NAE_EAOK_eestikeelsed_sunnimeetrikad, lk 319
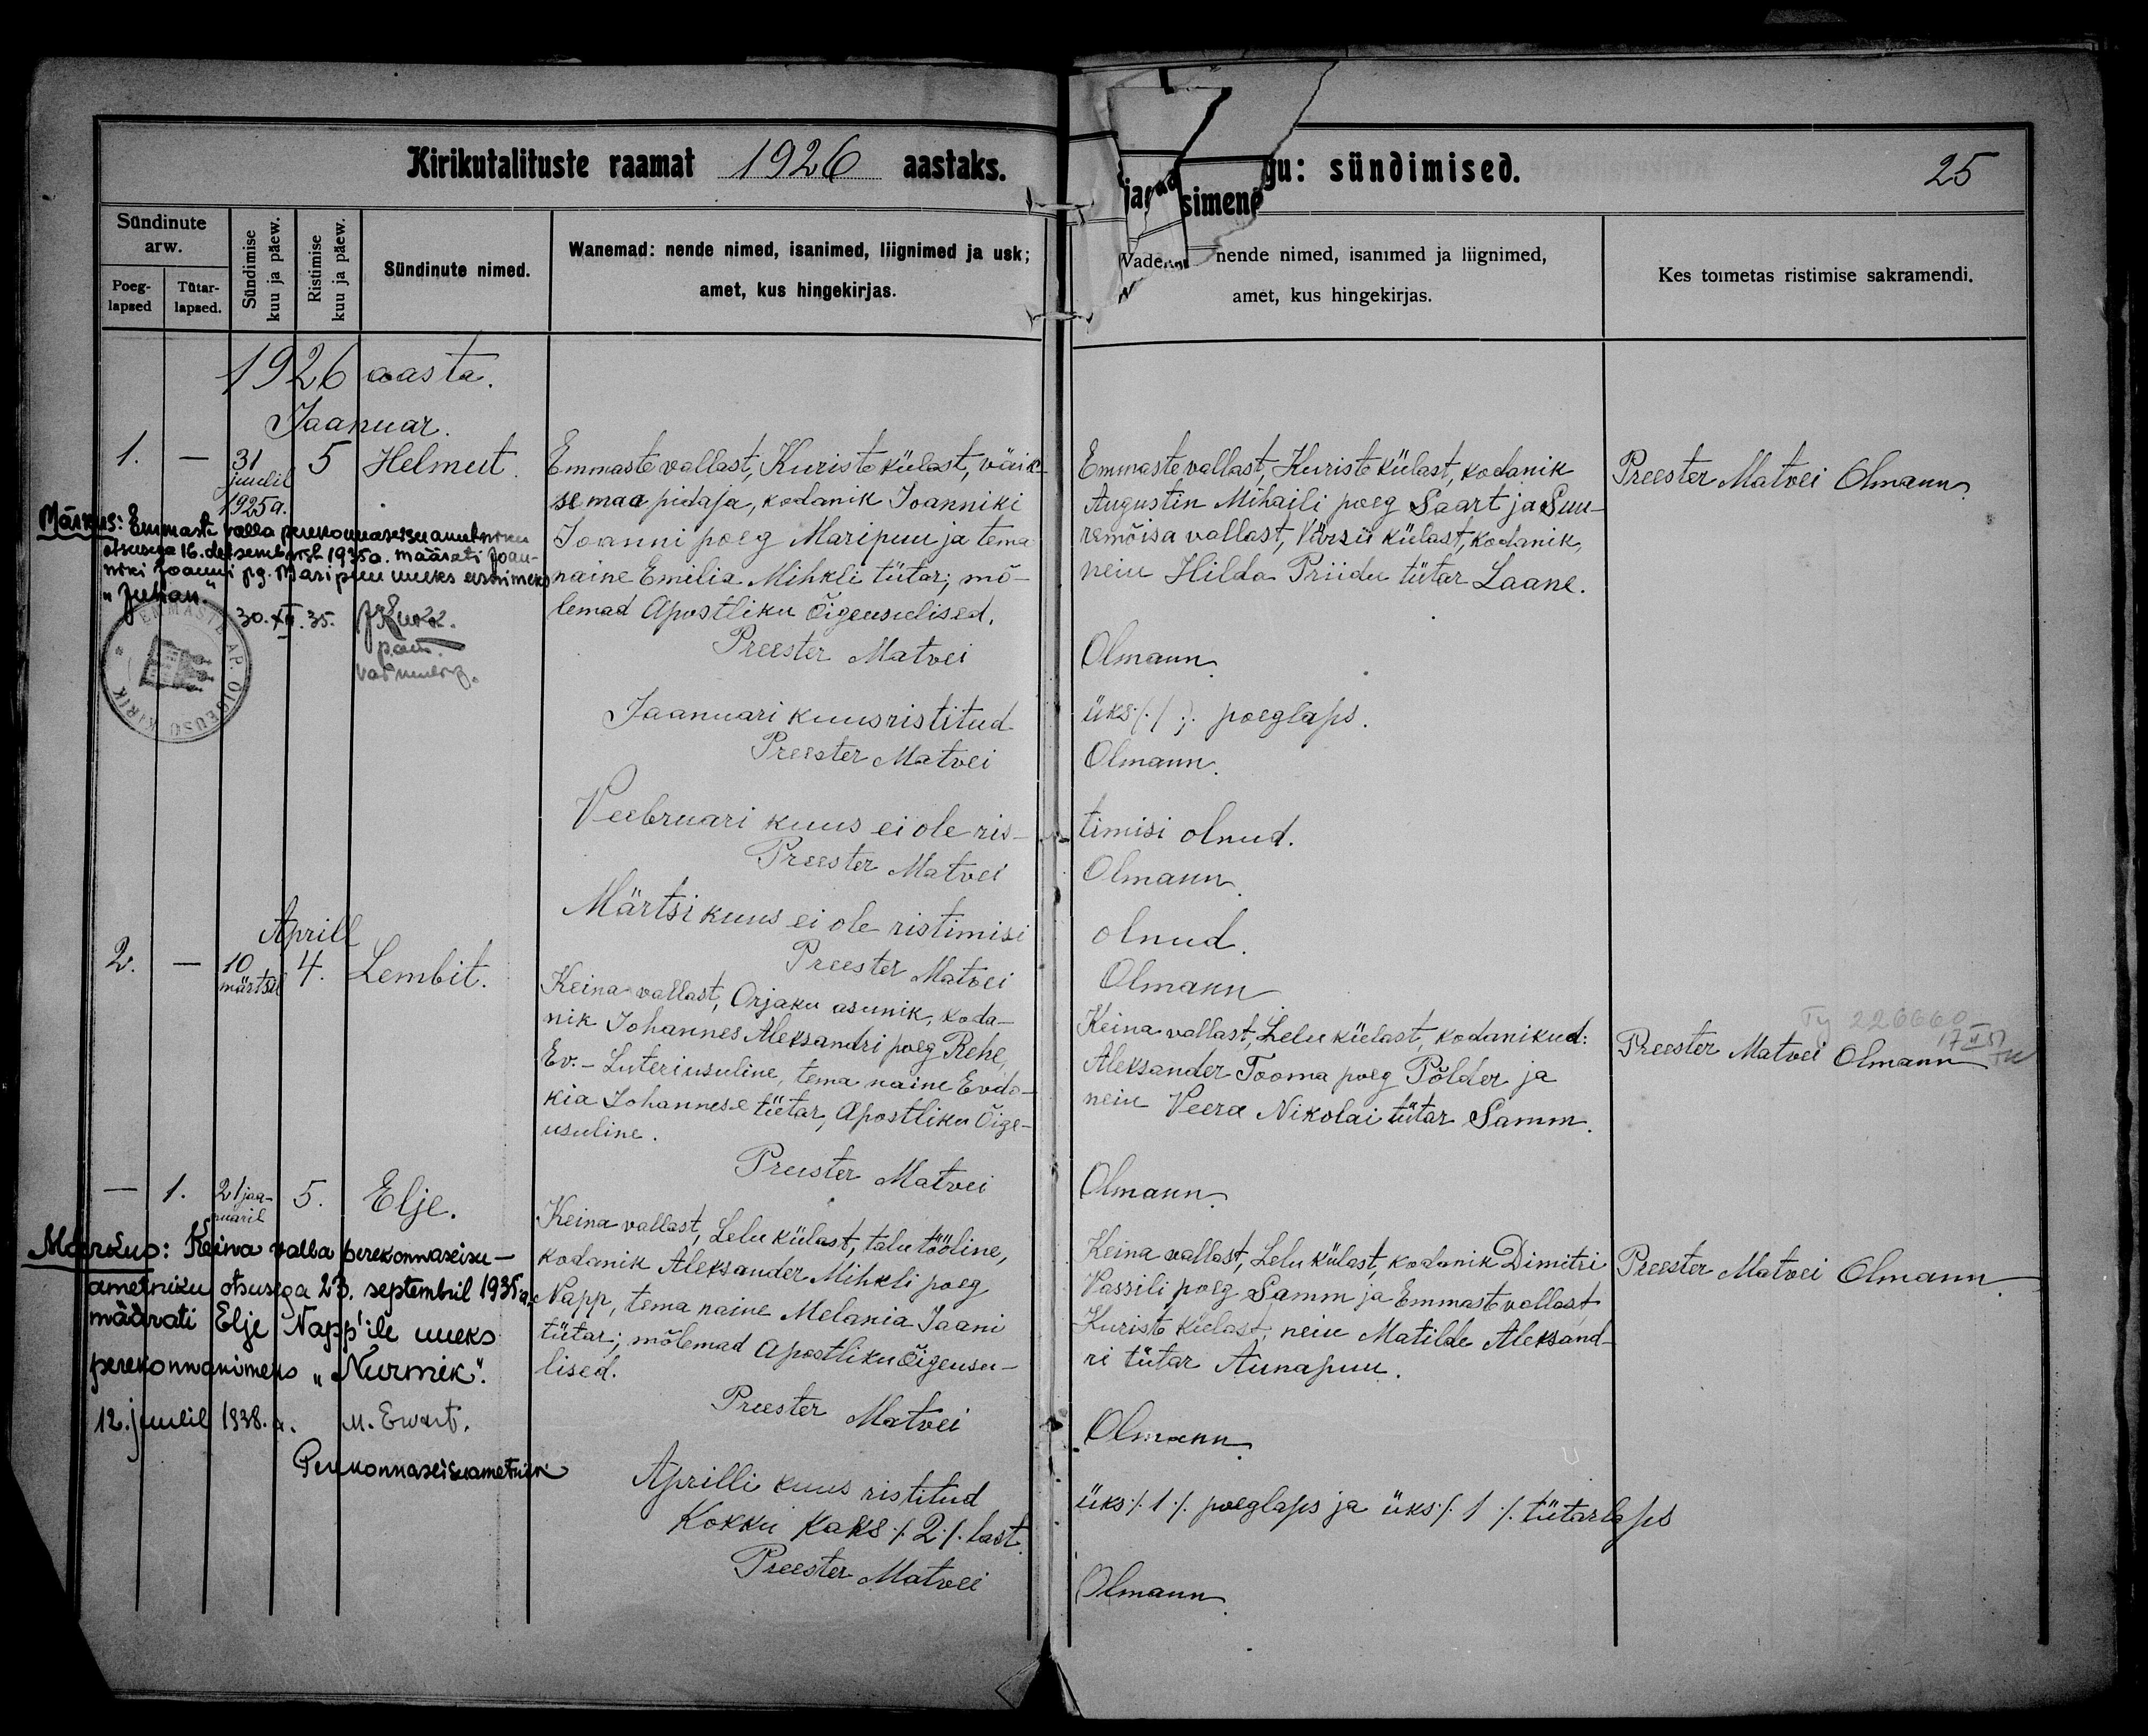
Helmut

Lembit

Elje

Emmaste vallast, Kuriste külast, väik-
se maa pidaja, kodanik Joanniki
Joanni poeg Maripuu ja tema
naine Emilia Mihkli tütar; mõ-
lemad Apostliku Õigeusulised.

Keina wallast, Orjaku asunik, koda-
nik Johannes Aleksandri poeg Rehe,
Ev.-Luteriusuline tema naine Evdo-
kia Johannese tütar, Apostliku Õige-
usuline.

Keina wallast, Lelu külast, talutööline,
kodanik Aleksander Mihkli poeg
Papp, tema naine Melania Jaani
tütar; mõlemad Apostliku Õigeusu-
lised.